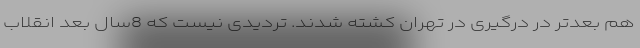
هم بعدتر در درگیری در تهران کشته شدند. تردیدی نیست که 8سال بعد انقلاب